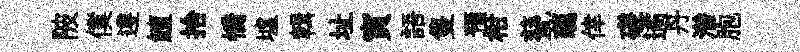
陂僕遵鱣拾憍墟輯址寅語隻預柑甆蘤倖磋遹丹潜胞